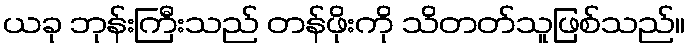
ယခု ဘုန်းကြီးသည် တန်ဖိုးကို သိတတ်သူဖြစ်သည်။